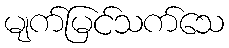
မျက်မြင်သက်သေ